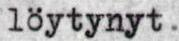
löytynyt.